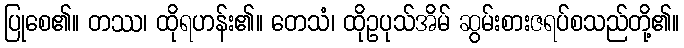
ပြုစေ၏။ တဿ၊ ထိုရဟန်း၏။ တေသံ၊ ထိုဥပုသ်အိမ် ဆွမ်းစားဇရပ်စသည်တို့၏။